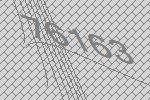
76163